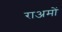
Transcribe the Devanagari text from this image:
राअमों